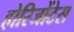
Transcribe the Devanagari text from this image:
होरिजोंटेस